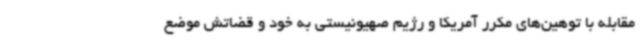
مقابله با توهین‌های مکرر آمریکا و رژیم صهیونیستی به خود و قضاتش موضع